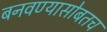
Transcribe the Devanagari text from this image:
बनवण्यासोबतच